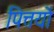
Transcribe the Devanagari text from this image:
पित्तयों